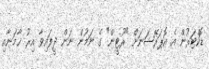
ޑޮކްޓަރުން އެ އޮޕަރޭޝަނަށް "ރޫޓީން" ގެ ނަމުން ނަން ދީފައިވާ އިރު ޚާމަނާއި